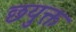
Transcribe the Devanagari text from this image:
छयुक्त